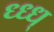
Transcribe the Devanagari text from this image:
ध्ध्ध्